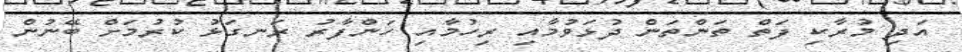
އަދި މުރާކި ފަތް ތަންތަން ދުޅަވުމާއި ރިހުމާއި ހަންފާރު ރަނގަޅު ކުރުމަށް ބޭނުން